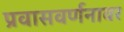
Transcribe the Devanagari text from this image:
प्रवासवर्णनावर